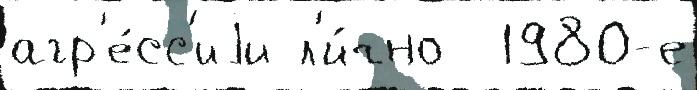
агр'е́сс'иjи л'и́чно  1980-е